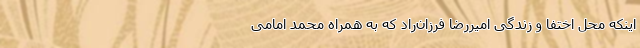
اینکه محل اختفا و زندگی امیررضا فرزان‌راد که به همراه محمد امامی